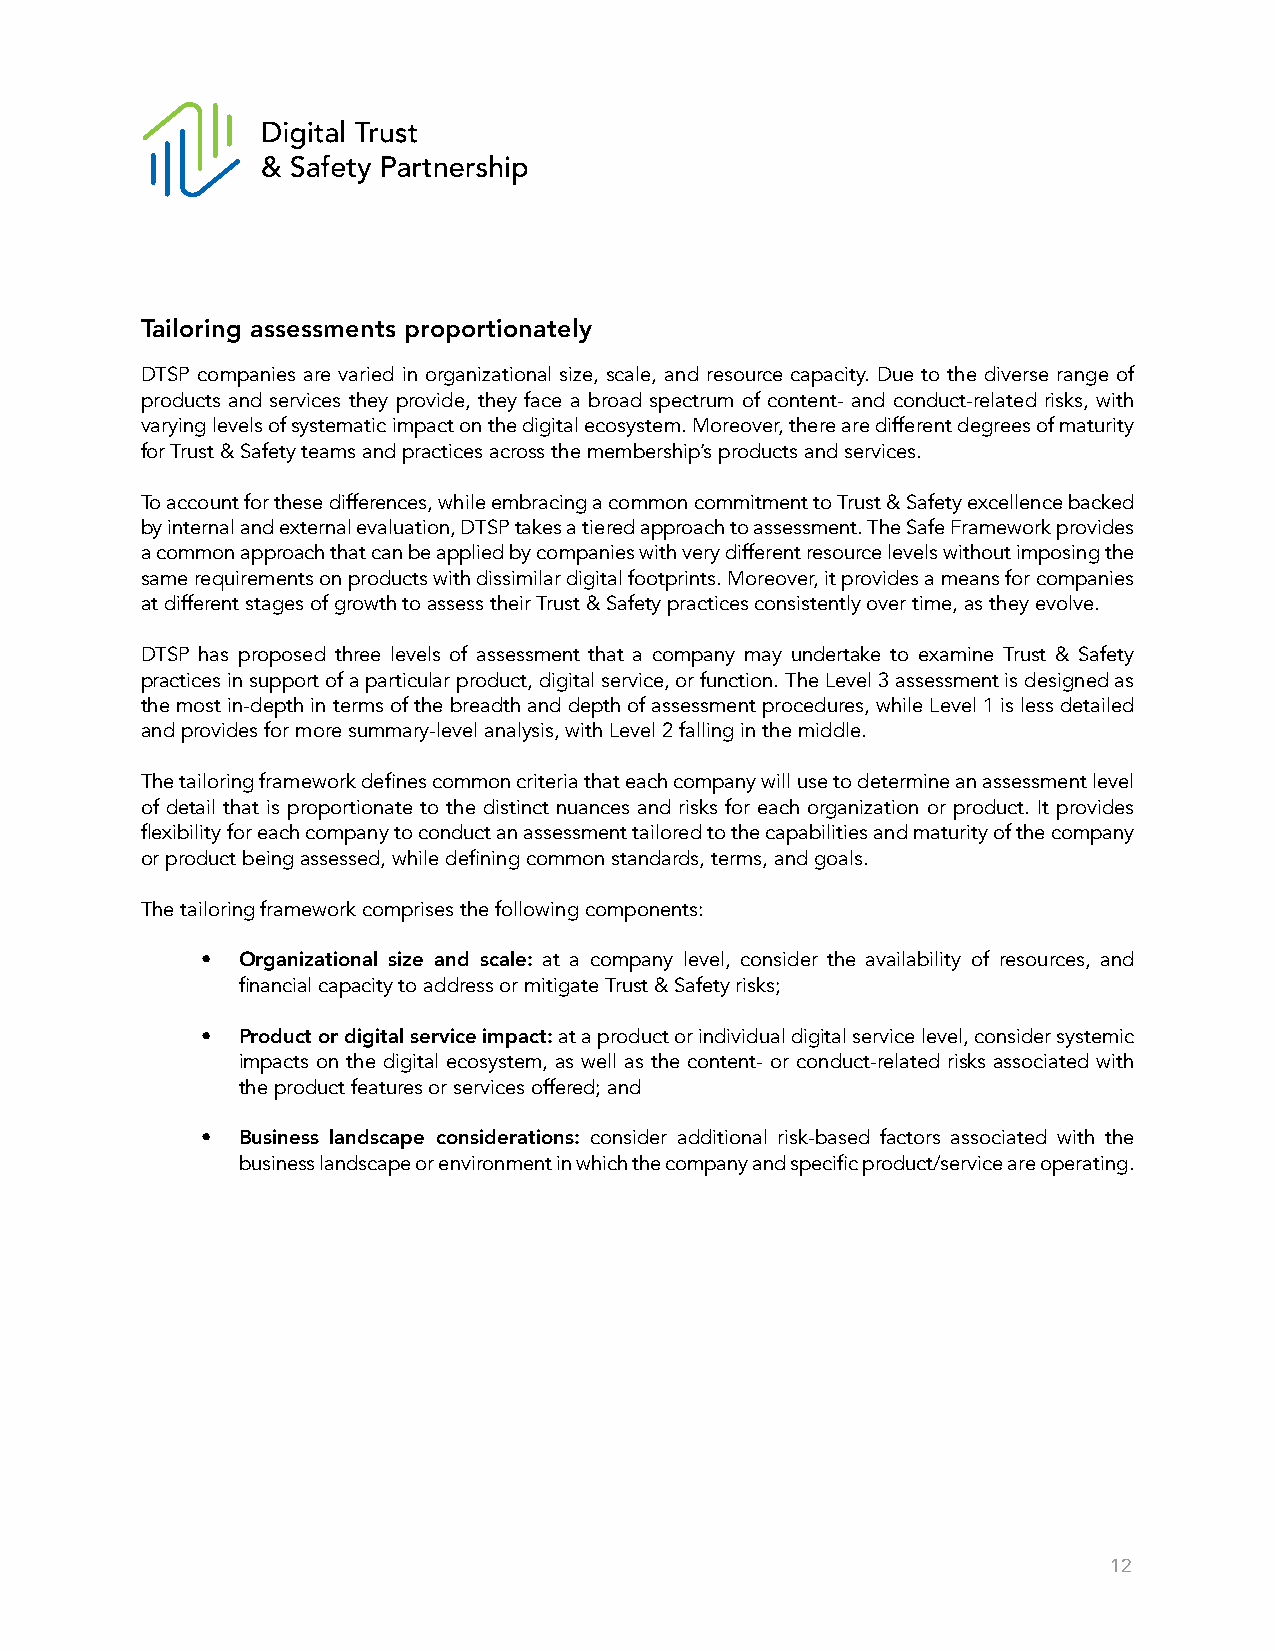
Tailoring assessments proportionately
 DTSP companies are varied in organizational size, scale, and resource capacity. Due to the diverse range of
 products and services they provide, they face a broad spectrum of content- and conduct-related risks, with
 varying levels of systematic impact on the digital ecosystem. Moreover, there are different degrees of maturity
 for Trust & Safety teams and practices across the membership’s products and services.
 To account for these differences, while embracing a common commitment to Trust & Safety excellence backed
 by internal and external evaluation, DTSP takes a tiered approach to assessment. The Safe Framework provides
 a common approach that can be applied by companies with very different resource levels without imposing the
 same requirements on products with dissimilar digital footprints. Moreover, it provides a means for companies
 at different stages of growth to assess their Trust & Safety practices consistently over time, as they evolve.
 DTSP has proposed three levels of assessment that a company may undertake to examine Trust & Safety
 practices in support of a particular product, digital service, or function. The Level 3 assessment is designed as
 the most in-depth in terms of the breadth and depth of assessment procedures, while Level 1 is less detailed
 and provides for more summary-level analysis, with Level 2 falling in the middle.
 The tailoring framework defines common criteria that each company will use to determine an assessment level
 of detail that is proportionate to the distinct nuances and risks for each organization or product. It provides
 flexibility for each company to conduct an assessment tailored to the capabilities and maturity of the company
 or product being assessed, while defining common standards, terms, and goals.
 The tailoring framework comprises the following components:
 •  Organizational size and scale: at a company level, consider the availability of resources, and
 financial capacity to address or mitigate Trust & Safety risks;
 •  Product or digital service impact: at a product or individual digital service level, consider systemic
 impacts on the digital ecosystem, as well as the content- or conduct-related risks associated with
 the product features or services offered; and
 •  Business landscape considerations: consider additional risk-based factors associated with the
 business landscape or environment in which the company and specific product/service are operating.
 12